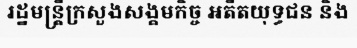
រដ្ឋមន្ត្រីក្រសួងសង្គមកិច្ច អតីតយុទ្ធជន និង